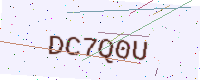
Text: DC7Q0U